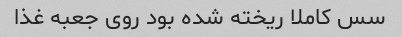
سس کاملا ریخته شده بود روی جعبه غذا